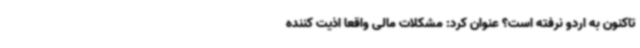
تاکنون به اردو نرفته است؟ عنوان کرد: مشکلات مالی واقعا اذیت کننده